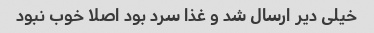
خیلی دیر ارسال شد و غذا سرد بود اصلا خوب نبود